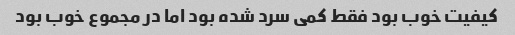
کیفیت خوب بود فقط کمی سرد شده بود اما در مجموع خوب بود